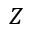
Z